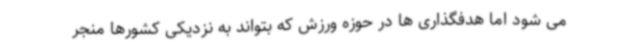
می شود اما هدفگذاری ها در حوزه ورزش که بتواند به نزدیکی کشورها منجر